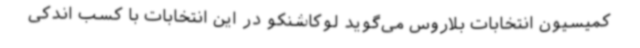
کمیسیون انتخابات بلاروس می‌گوید لوکاشنکو در این انتخابات با کسب اندکی